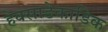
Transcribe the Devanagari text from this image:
हेक्साडेकाडिक